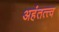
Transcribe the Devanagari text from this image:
अहंतत्त्व